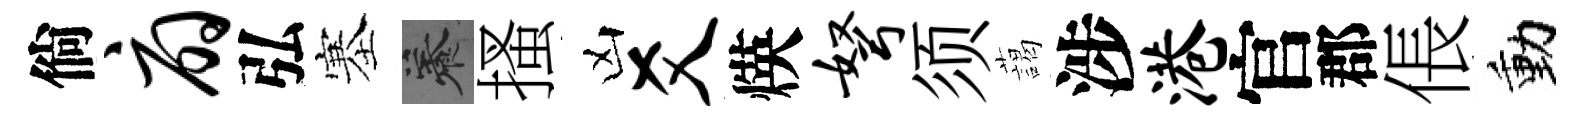
倘扇弘塞養搔凶爻煐弩须藹涉港官郡倀動